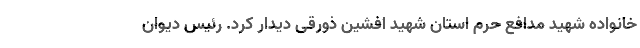
خانواده شهید مدافع حرم استان شهید افشین ذورقی دیدار کرد. رئیس دیوان